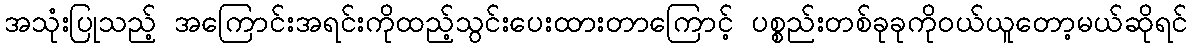
အသုံးပြုသည့် အကြောင်းအရင်းကိုထည့်သွင်းပေးထားတာကြောင့် ပစ္စည်းတစ်ခုခုကိုဝယ်ယူတော့မယ်ဆိုရင်